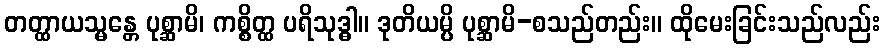
တတ္ထာယသ္မန္တေ ပုစ္ဆာမိ၊ ကစ္စိတ္ထ ပရိသုဒ္ဓါ။ ဒုတိယမ္ပိ ပုစ္ဆာမိ-စသည်တည်း။ ထိုမေးခြင်းသည်လည်း